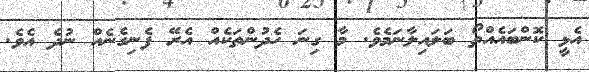
އެޅީ ކޮންބައެއްތޯ ބަލައިލާނަމެވެ. މާ ގިނަ ހެދުންތަކެއް އެރޭ ފެނިގެނެއް ނުދެ އެވެ.